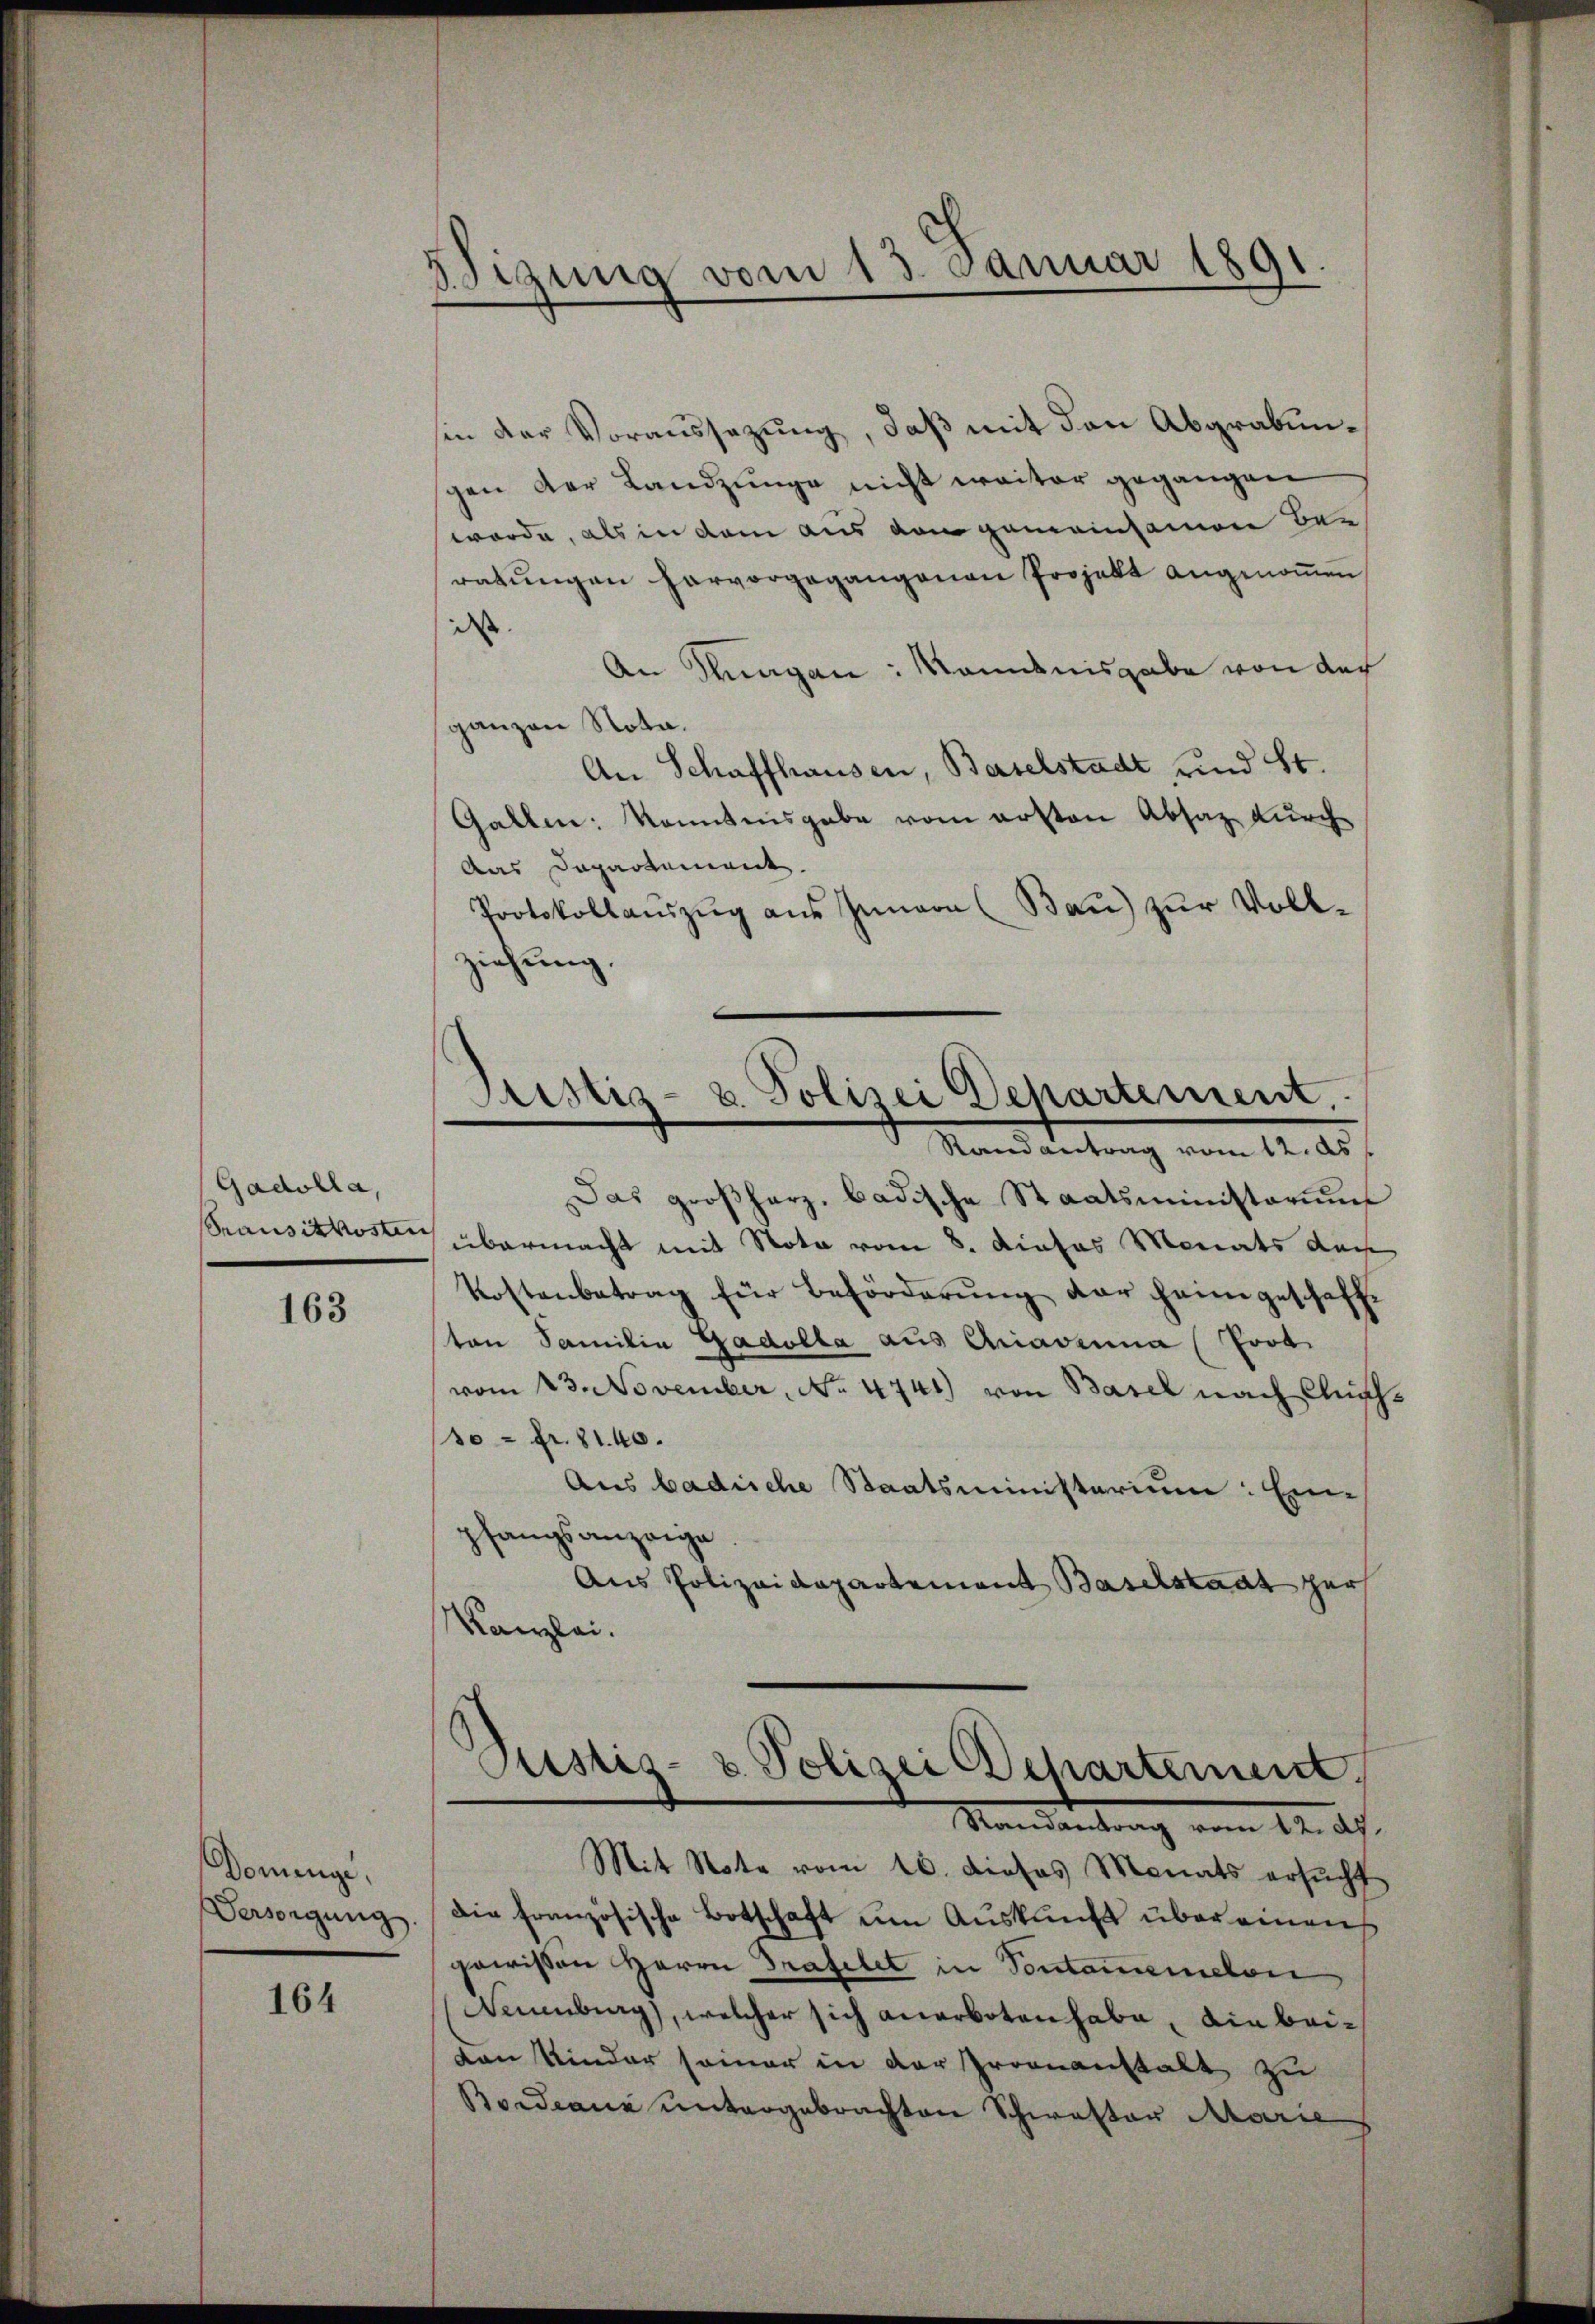
Gadolla,
Transitkosten

163

Dominge.
Versorgung.

164

Sizung vom 13. Januar 189

sen der Voraussezung, daß mit den Abgrabungen der Landzunge nicht weiter gegangen
worde, als in dem aus dem gemeinsamen Beratŭngen hervorgegangenen Projekt angenoṁen,
dass
An Klagen: Nominisgabe von der
ganzen Nota.
An Schaffhausen, Baselstadt, und St.
Gallen konntensgabe vom ersten Absatz durch
Das Departement.
Protokollaŭszŭg aŭs Innern (Bau) zur Vollziehung.
Pristis- u. Polizei Departement
e
Randantrag vom 12. ds.
Das groβharz badische Staatsministorium
übermacht mit Nota vom 8. dieses Monats da
Kostenbetrag für Beförderŭng der heimgeschaff-
ton Familie Gadolla aus Gravina (Poot.
vom 23. November, No. 4741) von Basel nach Clusch¬
10 = Fr. 81. 40.
Aus badische Staatsministerium: Ein-
pfangsanzeige
Aus Polizeidepartement Baselstaat zur
Kanzlei.

Justiz- & Polizei Scharternent
Mandantrag vom 12. ds.
Mit Note vom 16. dieses Monats ersŭcht

die französische Botschaft um Auskunft über einen
gewißen Herrn Grafelet in Sontammelon
Neuenburg), welcher sich anerboten habe, die bei¬
Dan Kinder seiner in der romanstalt zu
Boideann untergebrachten Schwester Marie